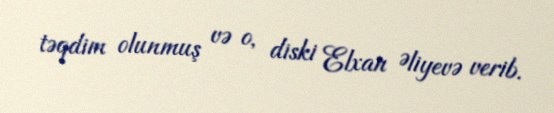
təqdim olunmuş və o, diski Elxan Əliyevə verib.